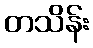
တသိန်း